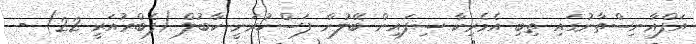
އަފްޣާނިސްތާނުގައި ތިބި އެމެރިކާ ސިފައިން ބޭލުން ފަސްކުރަނީ ކާބުލް (ފެބްރުއަރީ 22) -